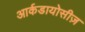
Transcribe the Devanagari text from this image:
आर्कडायोसीज़